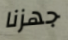
جهزنا